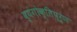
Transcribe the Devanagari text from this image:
व्यंगोक्तिपूर्ण